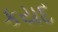
કયદ